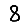
Digit: 8